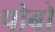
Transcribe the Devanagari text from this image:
पोबो